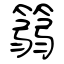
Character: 篛